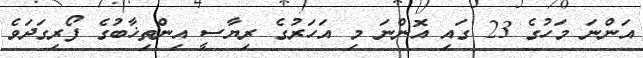
އަންނަ މަހުގެ 23 ގައި އޮންނަ މި އަހަރުގެ ރިޔާސީ އިންތިޚާބުގެ ފޯރިގަދަވެ